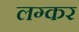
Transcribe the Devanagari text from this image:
लग्कर